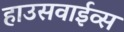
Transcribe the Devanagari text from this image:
हाउसवाईव्स